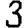
Digit: 3